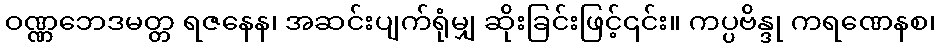
ဝဏ္ဏဘေဒမတ္တ ရဇနေန၊ အဆင်းပျက်ရုံမျှ ဆိုးခြင်းဖြင့်၎င်း။ ကပ္ပဗိန္ဒု ကရဏေနစ၊